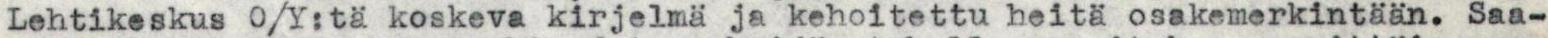
Lehtikeskus O/Y:tä koskeva kirjelmä ja kehoitettu heitä osakemerkintään. Saa-